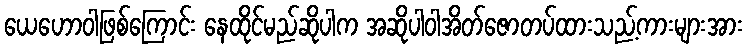
ယေဟောဝါဖြစ်ကြောင်း နေထိုင်မည်ဆိုပါက အဆိုပါဝါအိတ်ဇောတပ်ထားသည့်ကားများအား